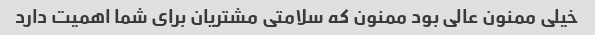
خیلی ممنون عالی بود ممنون که سلامتی مشتریان برای شما اهمیت دارد